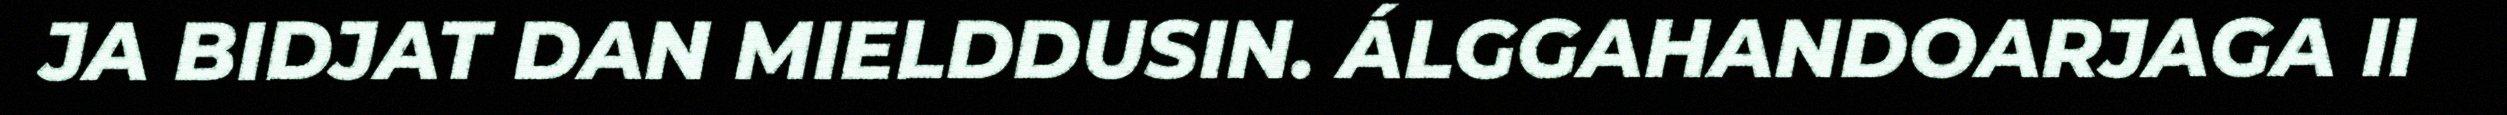
JA BIDJAT DAN MIELDDUSIN. ÁLGGAHANDOARJAGA II